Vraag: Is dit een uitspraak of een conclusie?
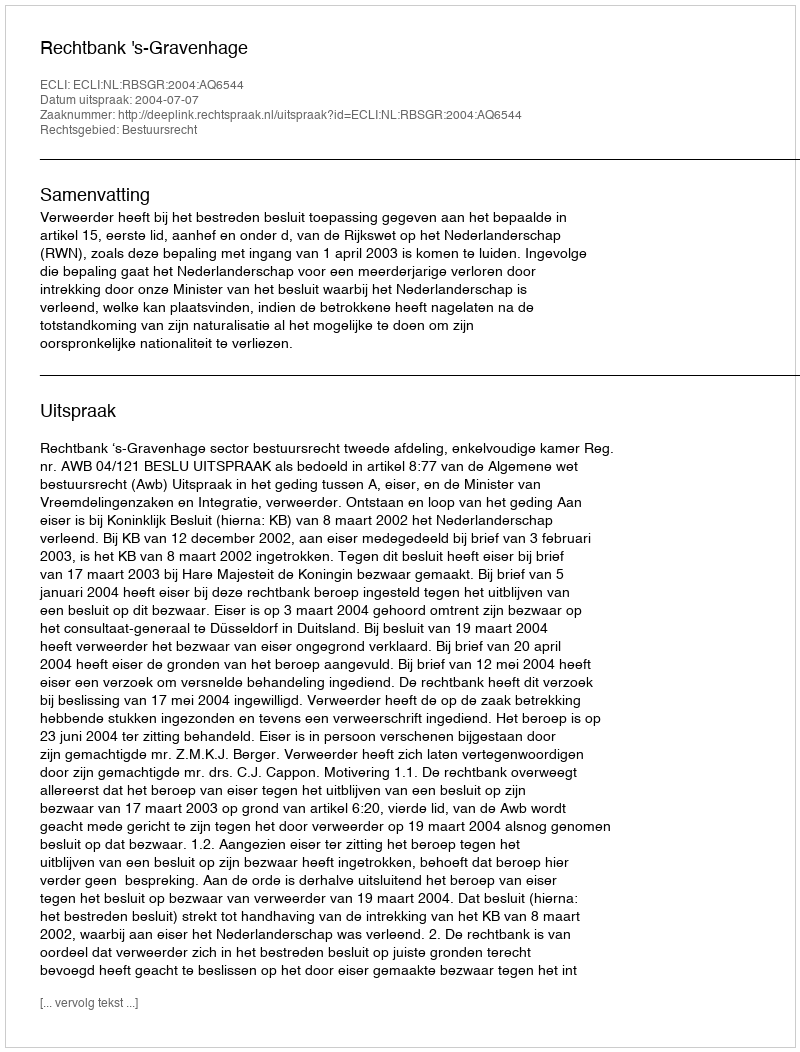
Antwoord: Uitspraak